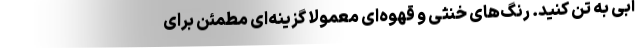
آبی به تن کنید. رنگ‌های خنثی و قهوه‌ای معمولاً گزینه‌ای مطمئن برای